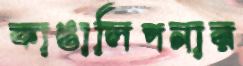
কাঙালিপনার